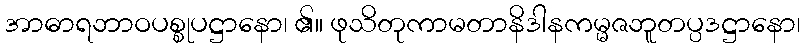
အာဓာရဘာဝပစ္စုပဋ္ဌာနော၊ ၏။ ဖုသိတုကာမတာနိဒါနကမ္မဇဘူတပ္ပဒဋ္ဌာနော၊